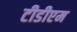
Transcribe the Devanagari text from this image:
टीडीएम